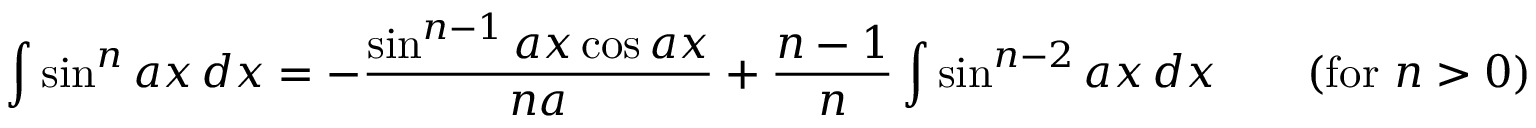
\int \sin ^ { n } { a x } \, d x = - { \frac { \sin ^ { n - 1 } a x \cos a x } { n a } } + { \frac { n - 1 } { n } } \int \sin ^ { n - 2 } a x \, d x \qquad { \mathrm { ( f o r ~ } } n > 0 { \mathrm { ) } }